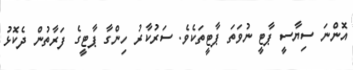
އޮންނަ ސިޔާސީ ޕާޓީ ނުވަތަ ޕާޓީތަކެވެ. ސަރުކާރު ހިންގާ ޕާޓީގެ ފަރާތުން ދެކޮޅު